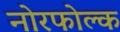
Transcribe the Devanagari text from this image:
नोरफोल्क